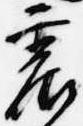
震